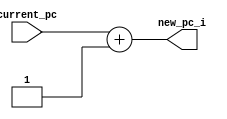
`timescale 1ns / 1ps
//////////////////////////////////////////////////////////////////////////////////
// Company: University of Moratuwa
// 
// Design Name: incrementPC
// Module Name: incrementPC
// Project Name: 
// Target Devices: 
// Tool Versions: 
// Description: 
// 
// Dependencies: 
// 
// Revision:
// Revision 0.01 - File Created
// Additional Comments:
// 
//////////////////////////////////////////////////////////////////////////////////


module incrementPC(current_pc,new_pc_i);
    parameter n=32;
    input [n-1:0] current_pc;
    output [n-1:0] new_pc_i;
    assign new_pc_i = current_pc + 32'b01;
endmodule